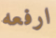
ارفعه